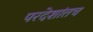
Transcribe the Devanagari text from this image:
परदेशांतच